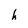
Character: h